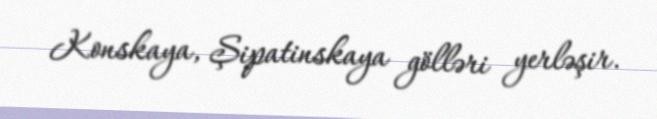
Konskaya, Şipatinskaya gölləri yerləşir.